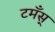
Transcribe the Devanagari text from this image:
टमँस्